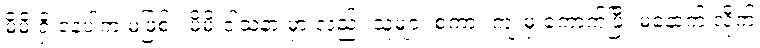
မိမိ ရှိ နေပါက မဖြစ် ၊ မိမိ ဝါသနာ မှာ လည်း သူများ စကား ကျ မှ ကောက်ပြီး မနောက် လိုက်